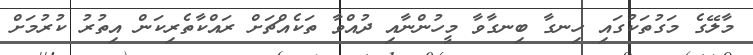
މާލޭގެ މަގުތަކުގައި ހިނގާ ބިނގާވާ މީހުންނާއި ދުއްވާ ތަކެއްޗަށް ރައްކާތެރިކަން އިތުރު ކުރުމަށް